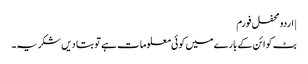
| اردو محفل فورم
بٹ کوائن کے بارے میں کوئی معلومات ہے تو بتا دیں شکریہ۔